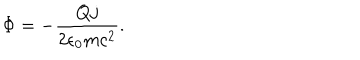
\Phi = - { \frac { Q j } { 2 \epsilon _ { 0 } m c ^ { 2 } } } .